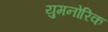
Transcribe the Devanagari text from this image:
युमनोरिक